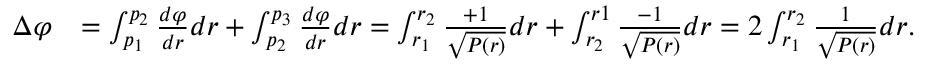
\begin{array} { r l } { \Delta \varphi } & { = \int _ { p _ { 1 } } ^ { p _ { 2 } } \frac { d \varphi } { d r } d r + \int _ { p _ { 2 } } ^ { p _ { 3 } } \frac { d \varphi } { d r } d r = \int _ { r _ { 1 } } ^ { r _ { 2 } } \frac { + 1 } { \sqrt { P ( r ) } } d r + \int _ { r _ { 2 } } ^ { r 1 } \frac { - 1 } { \sqrt { P ( r ) } } d r = 2 \int _ { r _ { 1 } } ^ { r _ { 2 } } \frac { 1 } { \sqrt { P ( r ) } } d r . } \end{array}